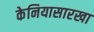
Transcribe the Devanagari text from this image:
केनियासारखा